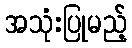
အသုံးပြုမည့်